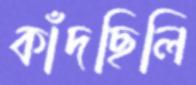
কাঁদছিলি